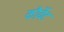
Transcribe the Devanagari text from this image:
कौर्वेट